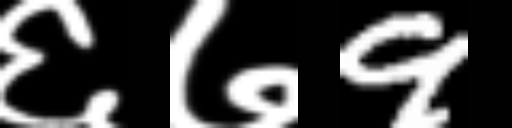
Text: ६७9